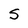
Character: S